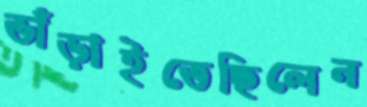
ভাঁড়াইতেছিলেন